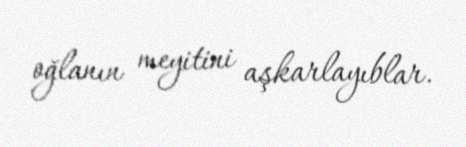
oğlanın meyitini aşkarlayıblar.